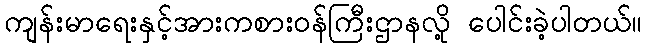
ကျန်းမာရေးနှင့်အားကစားဝန်ကြီးဌာနလို့ ပေါင်းခဲ့ပါတယ်။